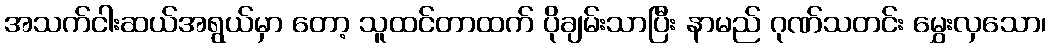
အသက်ငါးဆယ်အရွယ်မှာ တော့ သူထင်တာထက် ပိုချမ်းသာပြီး နာမည် ဂုဏ်သတင်း မွှေးလှသော၊